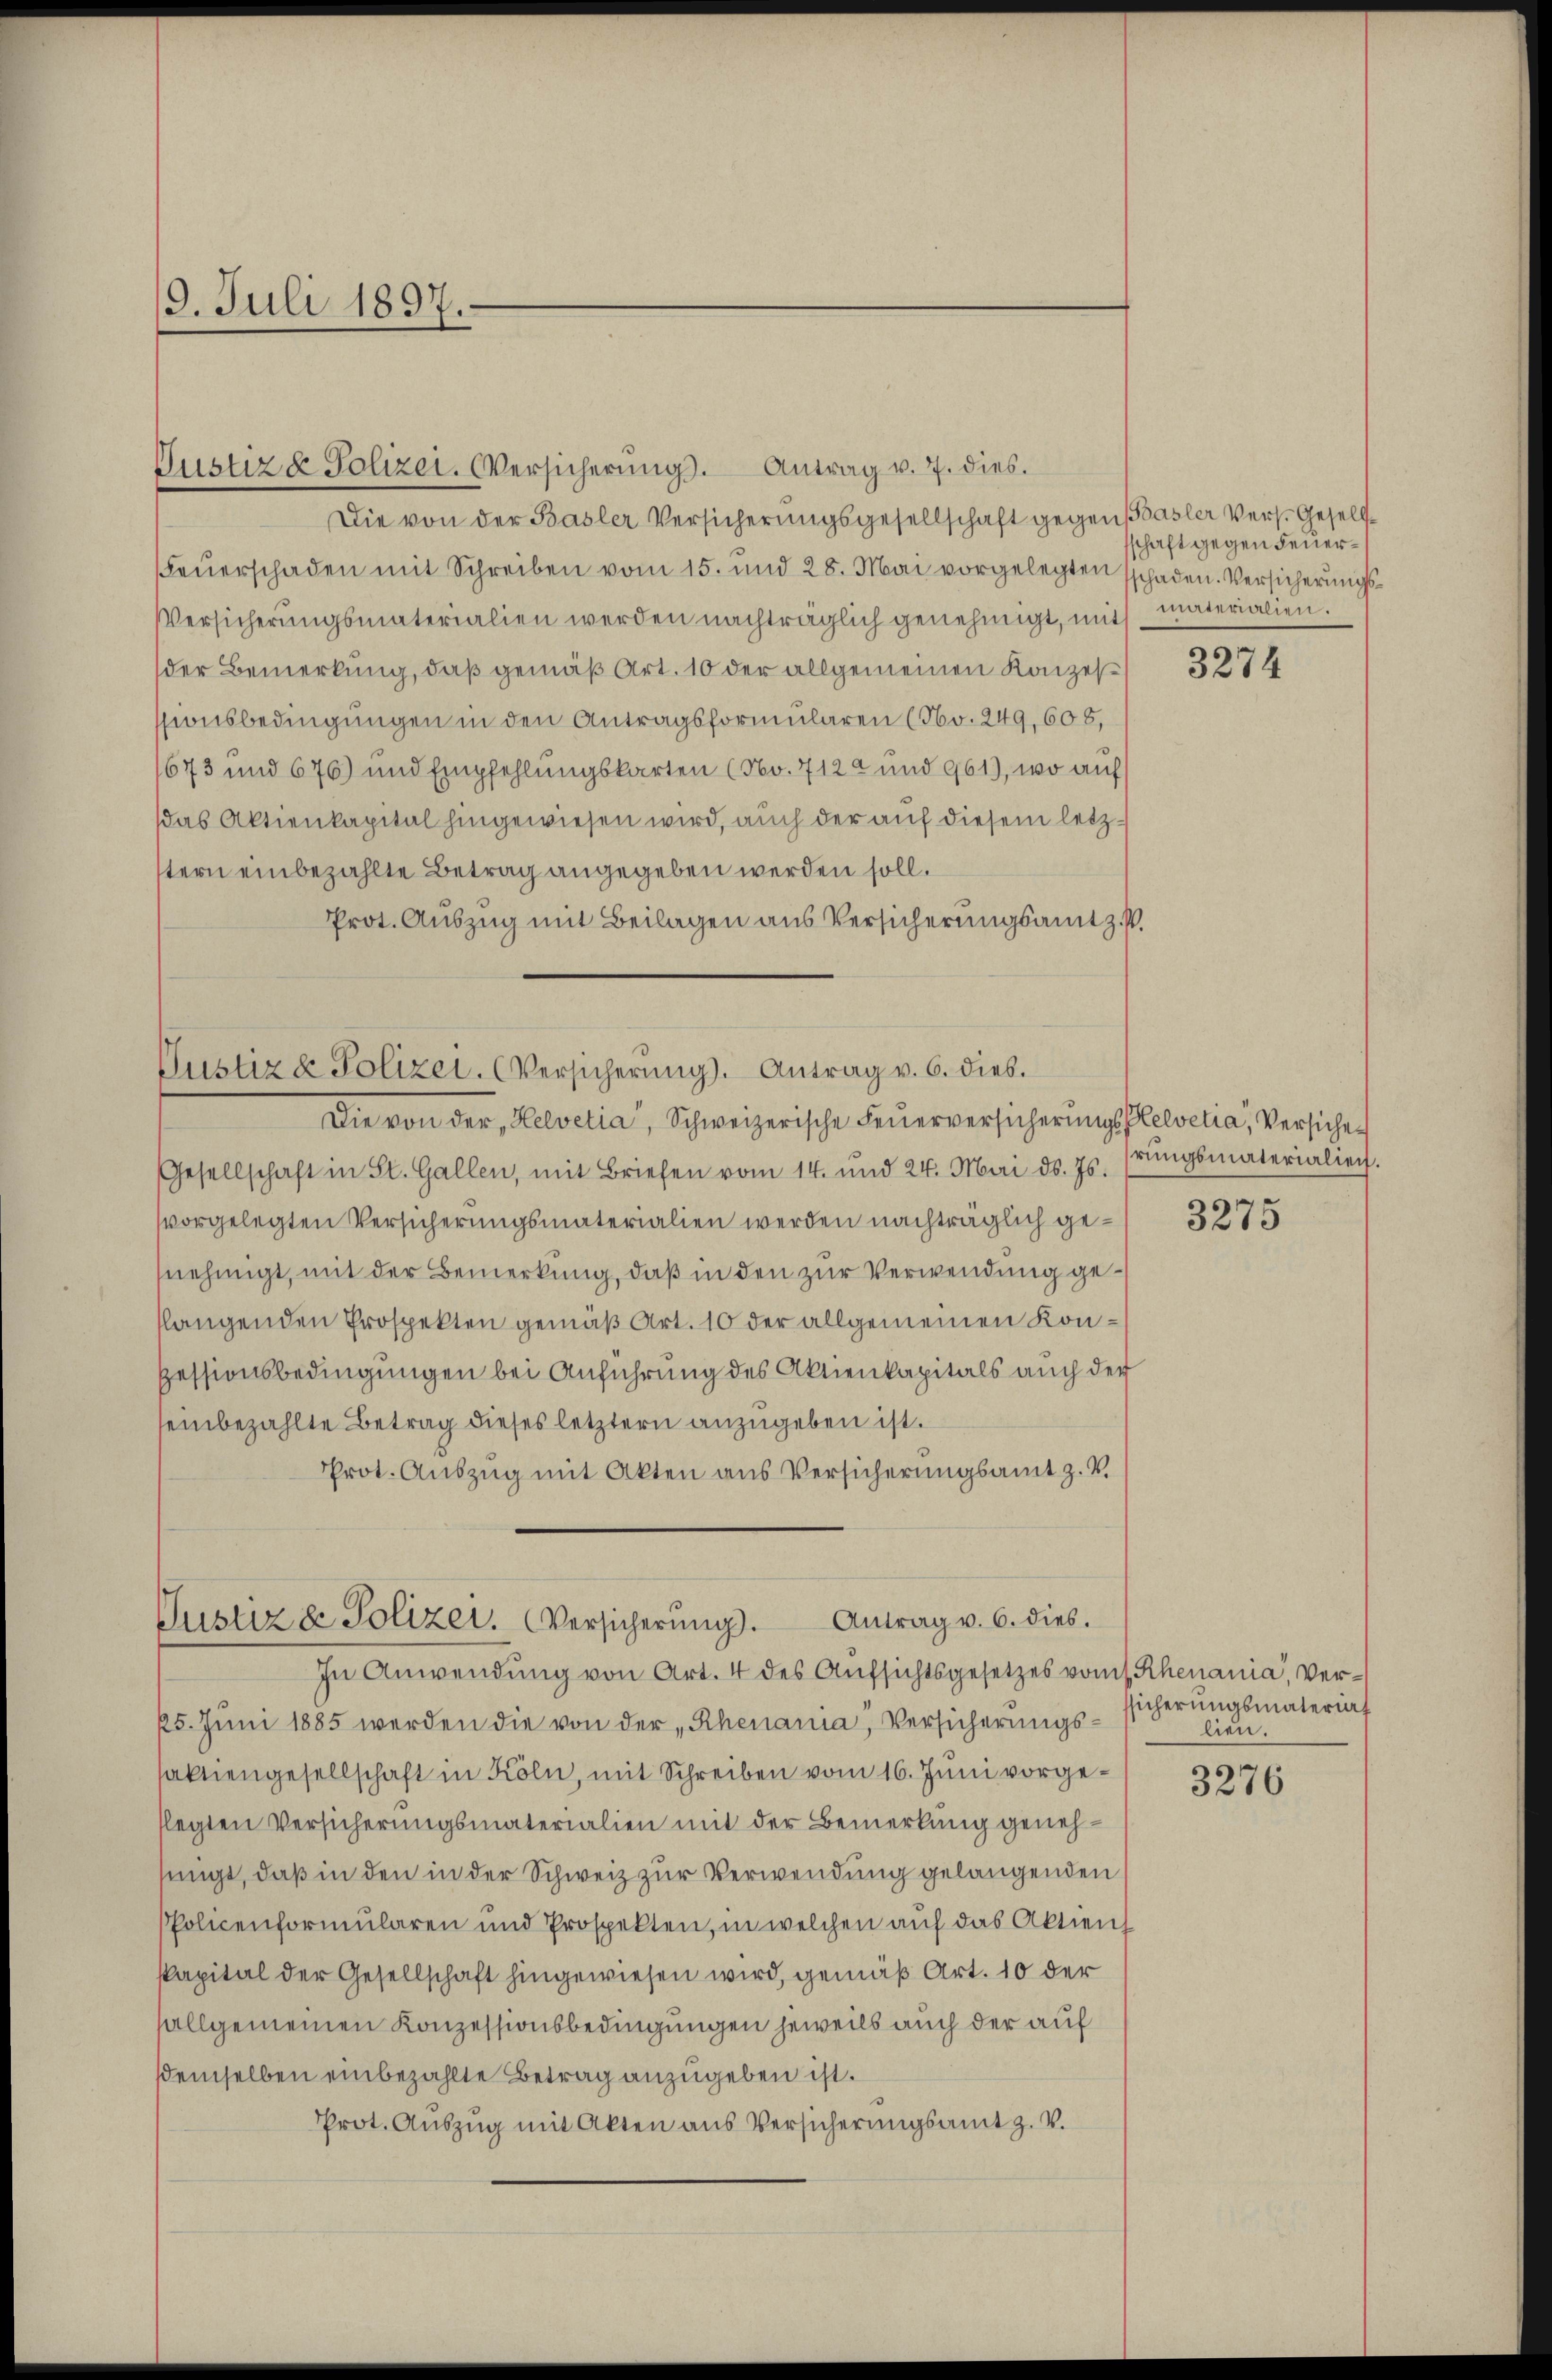
19. Juli 1897.

Justiz & Polizei. Versicherŭngs. Antrag v. 7. dies
Die von der Basler Versicherungsgesellschaft gegen Basler Vers. Gesell¬
Feŭerschaden mit Schreiben vom 15. und 28. Mai vorgelegten schaden. Versicherungs¬
Versicherŭngsmaterialien werden nachträglich genehmigt, mit materialien.
der Bemerkung, daß gemäß Art. 10 der allgemeinen Konzes
sionsbedingungen in den Antragsformularen (No. 249, 606,
1673 und 676) und Empfehlungskarten (No. 7122 und 961), wo auf
das Aktienkapital hingewiesen wird, auch der auf diesem letztern einbezahlte Betrag angegeben werden soll.
Prot. Auszug mit Beilagen aus Versicherungsamt z. P.

Justiz & Polizei- CVersicherŭng. Antrag v. 6. dies.
Die von der Helvetia, Schweizerische Feŭerversicherŭngsflelvetia, Versiche

Gesellschaft in St. Gallen, mit Briefen vom 14. und 24. Mai d. Js. srŭngsmaterialien.
vorgelegten Versicherungsmaterialien werden nachträglich genehmigt, mit der Bemerkung, daß in den zur Verwendung gelangenden Prospekten gemäß Art. 10 der allgemeinen Konpessionsbedingungen bei Anführung des Aktienkapitals auch der
seinbezahlte Betrag dieses letztern anzugeben ist.
Prot. Auszug mit Akten aus Versicherungsamt z. V.

Justiz & Polizei. Versicherŭng. Antrag v. 6. dies.
In Anwendung von Art. 4 des Aufsichtsgesetzes vom 1. Rhenania, Ver¬

25. Juni 1885 werden die von der „Rhenania, Versicherungs-
faktiengesellschaft in Köln, mit Schreiben vom 16. Jŭni vorgeflegten Versicherungsmaterialien mit der Bemerkung genehsingt, daß in den in der Schweiz zur Verwendung gelangenden
PPolicenformularen und Prospekten, in welchen auf das Aktien
kapital der Gesellschaft hingewiesen wird, gemäß Art. 10 der
allgemeinen Konzessionsbedingungen jeweils auch der auf
demselben einbezahlte Betrag anzugeben ist.
Prot. Auszug mit Akten aus Versicherungsamt z. V.

schaft gegen Feuer¬

1

3274

3275

ssicherungsmaterial
lien.

3276